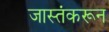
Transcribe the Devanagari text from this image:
जास्तंकरून